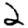
Digit: 2